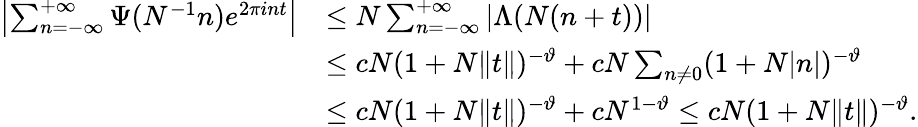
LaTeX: \begin{array}{rl}{\left|\sum_{n=-\infty}^{+\infty}\Psi(N^{-1}n)e^{2\pi int}\right|}&{\leq N\sum_{n=-\infty}^{+\infty}\vert\Lambda(N(n+t))\vert}\\ &{\leq cN(1+N\Vert t\Vert)^{-\vartheta}+cN\sum_{n\neq 0}(1+N\vert n\vert)^{-\vartheta}}\\ &{\leq cN(1+N\Vert t\Vert)^{-\vartheta}+cN^{1-\vartheta}\leq cN(1+N\Vert t\Vert)^{-\vartheta}.}\end{array}